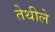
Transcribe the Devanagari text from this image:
तेथीले